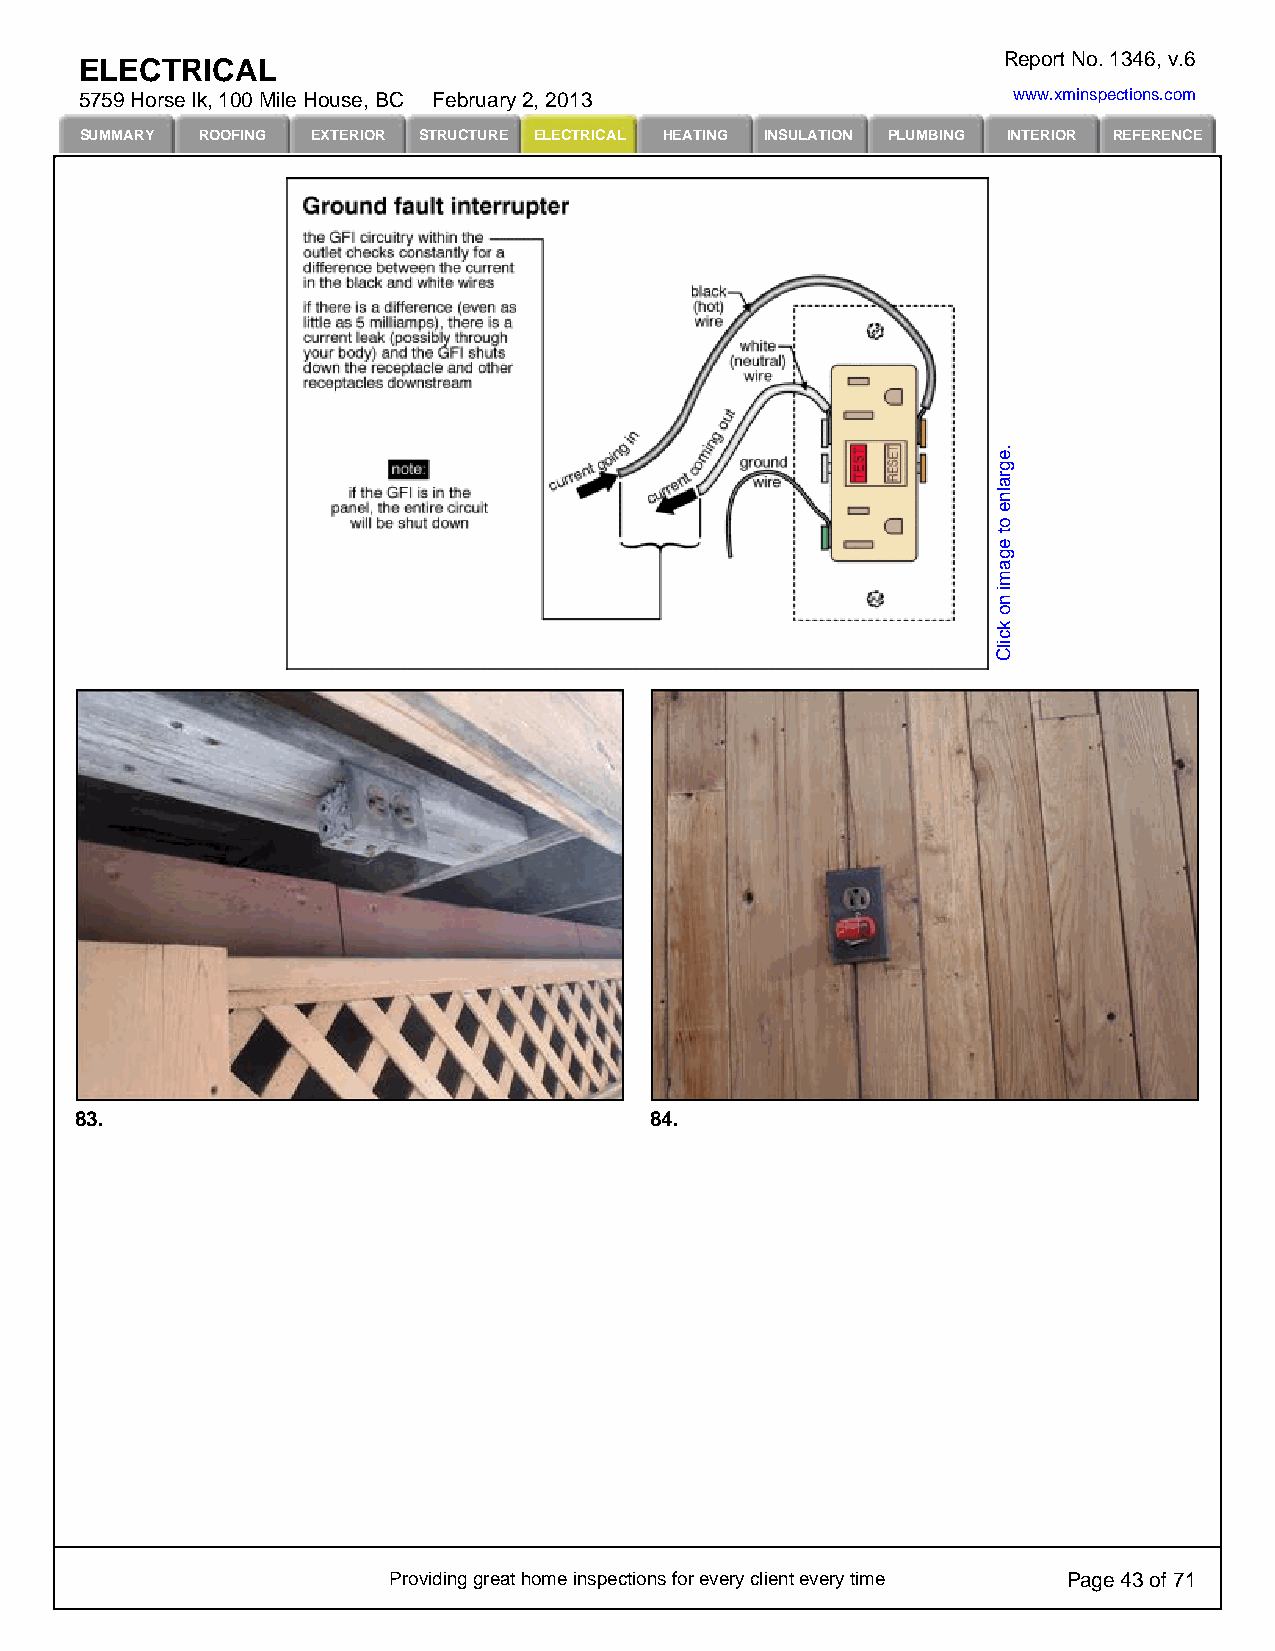
Report No. 1346, v.6
 ELECTRICAL
 5759 Horse lk, 100 Mile House, BC February 2, 2013            www.xminspections.com
 SUMMARY ROOFING EXTERIOR STRUCTURE ELECTRICAL HEATING INSULATION PLUMBING INTERIOR REFERENCE
 83.                                   84.
 Providing great home inspections for every client every time Page 43 of 71
 .egralne
 ot
 egami
 no
 kcilC